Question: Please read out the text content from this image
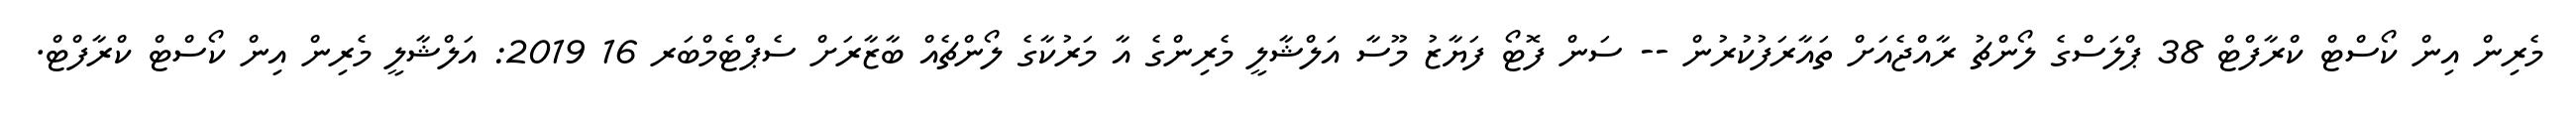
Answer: މެރިން އިން ކޯސްޓް ކްރާފްޓް 38 ޕްލަސްގެ ލޯންޗު ރާއްޖެއަށް ތައާރަފުކުރުން -- ސަން ފޮޓޯ ފަޔާޒު މޫސާ އަލްޝާލީ މެރިންގެ އާ މަރުކާގެ ލޯންޗެއް ބާޒާރަށް ސެޕްޓެމްބަރ 16 2019: އަލްޝާލީ މެރިން އިން ކޯސްޓް ކްރާފްޓް.